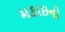
મકાઇનો